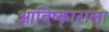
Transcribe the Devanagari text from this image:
आविष्काराला